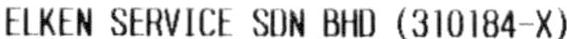
ELKEN SERVICE SDN BHD (310184-X)